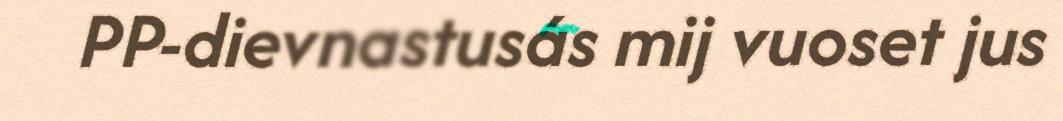
PP-dievnastusás mij vuoset jus